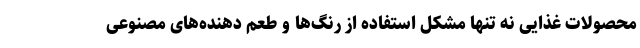
محصولات غذایی نه تنها مشکل استفاده از رنگ‌ها و طعم دهنده‌های مصنوعی